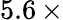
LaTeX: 5.6\, \times